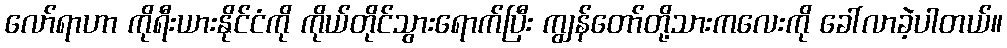
လော်ရာဟာ ကိုရီးယားနိုင်ငံကို ကိုယ်တိုင်သွားရောက်ပြီး ကျွန်တော်တို့သားကလေးကို ခေါ်လာခဲ့ပါတယ်။